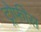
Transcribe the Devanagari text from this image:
ट्रोफीस